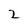
Character: 2